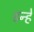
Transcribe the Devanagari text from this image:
डन्हें